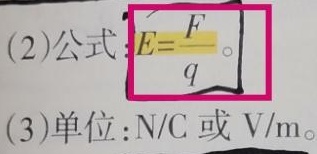
(2)公式：\(E = \frac{F}{q}\)。
(3)单位：\(\text{N/C}\) 或 \(\text{V/m}\)。